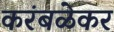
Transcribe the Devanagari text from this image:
करंबळेकर